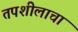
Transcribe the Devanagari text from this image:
तपशीलाचा